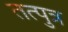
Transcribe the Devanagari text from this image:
तत्पुत्र